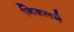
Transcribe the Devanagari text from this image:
निग़लने